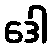
ဒေါ